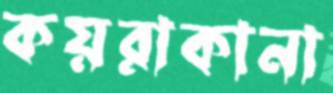
কয়রাকানা